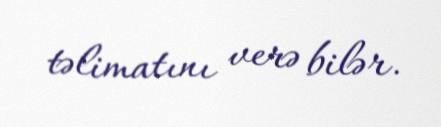
təlimatını verə bilər.